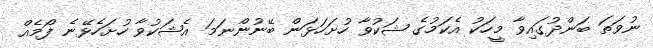
ނުވަތަ ބަންދުގައިވާ މީހަކު އެކަމުގެ ޝަކުވާ ހުށަހަޅަން ބޭނުންނަމަ އެޝަކުވާ ހުށަހެޅޭނެ ފޯމެއް